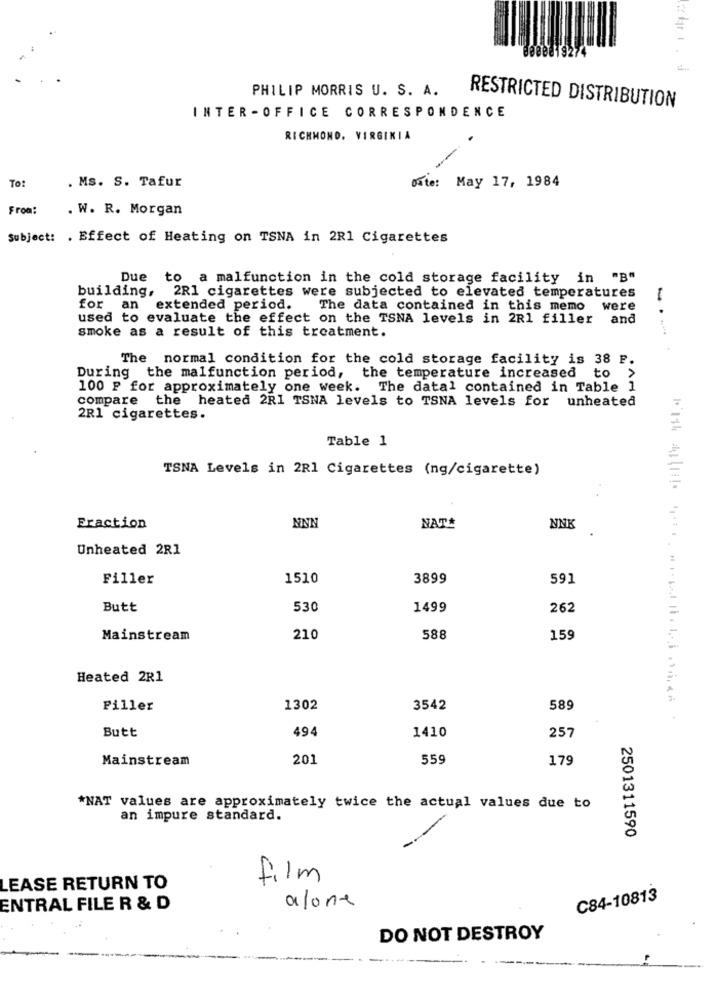
8080819274
PHILIP MORRIS U. S. A.
RESTRICTED DISTRIBUTION
INTER -OFFICE CORRESPONDENCE
RICHMOND, VIRGINIA
To:
. Ms. S. Tafur
Date: May 17, 1984
From:
. W. R. Morgan
Subject: . Effect of Heating on TSNA in 2R1 Cigarettes
Due to a malfunction in the cold storage facility in "B"
building, 2R1 cigarettes were subjected to elevated temperatures
for an
extended period.
The data contained in this memo were
used to evaluate the effect on the TSNA levels in 2R1 filler and
smoke as a result of this treatment.
The normal condition for the cold storage facility is 38 P.
During the malfunction period, the temperature increased to
100 P for approximately one week. The datal contained in Table 1
compare the heated 2R1 TSNA levels to TSNA levels for unheated
2R1 cigarettes.
Table 1
TSNA Levels in 2R1 Cigarettes (ng/cigarette)
Fraction
NNN
NATA
NNK
Unheated 2R1
Filler
1510
3899
591
Butt
530
1499
262
Mainstream
210
588
159
Heated 2R1
Filler
1302
3542
589
Butt
494
1410
257
Mainstream
201
559
179
*NAT values are approximately twice the actual values due to
an impure standard.
-
2501311590
film
LEASE RETURN TO
C84-10813
ENTRAL FILE R & D
alone
DO NOT DESTROY